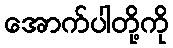
အောက်ပါတို့ကို